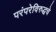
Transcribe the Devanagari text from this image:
परंपरेविरुद्धचे